Insane asylums in Bengal annual reports 1867-1875 - 1867-1875
Year: 1867
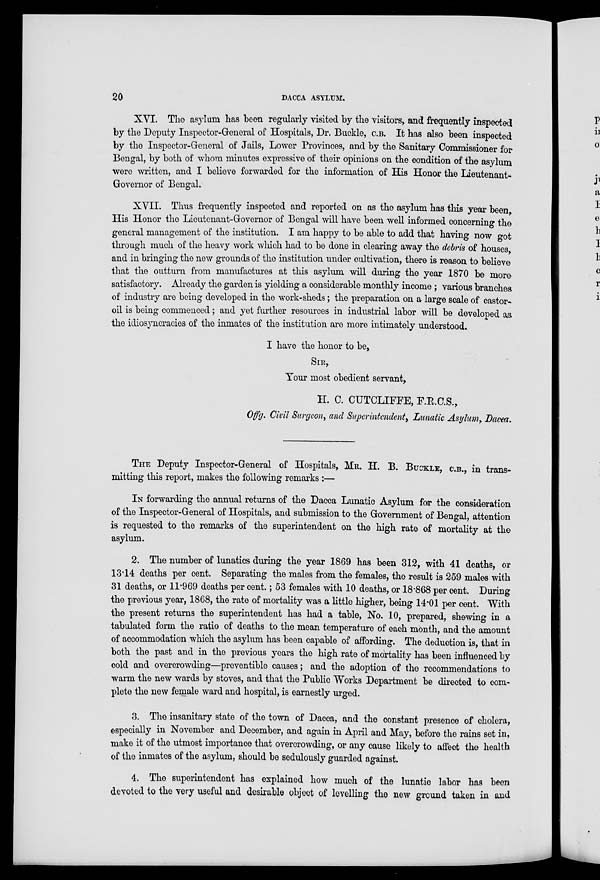
20
DACCA ASYLUM.
XVI. The asylum has been regularly visited by the visitors, and frequently inspected
by the Deputy Inspector-General of Hospitals, Dr. Buckle, C.B. It has also been inspected
by the Inspector-General of Jails, Lower Provinces, and by the Sanitary Commissioner for
Bengal, by both of whom minutes expressive of their opinions on the condition of the asylum
were written, and I believe forwarded for the information of His Honor the Lieutenant-
Governor of Bengal.
XVII. Thus frequently inspected and reported on as the asylum has this year been
His Honor the Lieutenant-Governor of Bengal will have been well informed concerning the
general management of the institution. I am happy to be able to add that having now got
through much of the heavy work which had to be done in clearing away the debris of houses,
and in bringing the new grounds of the institution under cultivation, there is reason to believe
that the outturn from manufactures at this asylum will during the year 1870 be more
satisfactory. Already the garden is yielding a considerable monthly income ; various branches
of industry are being developed in the work-sheds; the preparation on a large scale of castor-
oil is being commenced; and yet further resources in industrial labor will be developed as
the idiosyncracies of the inmates of the institution are more intimately understood.
I have the honor to be,
SIR,
Your most obedient servant,
H. C. CUTCLIFFE, F.R.C.S.,
Offg. Civil Surgeon, and Superintendent, Lunatic Asylum, Dacca.
THE Deputy Inspector-General of Hospitals, MR. H. B. BUCKLE, C.B., in trans-
mitting this report, makes the following remarks :—
IN forwarding the annual returns of the Dacca Lunatic Asylum for the consideration
of the Inspector-General of Hospitals, and submission to the Government of Bengal, attention
is requested to the remarks of the superintendent on the high rate of mortality at the
asylum.
2. The number of lunatics during the year 1869 has been 312, with 41 deaths, or
13.14 deaths per cent. Separating the males from the females, the result is 259 males with
31 deaths, or 11.969 deaths per cent.; 53 females with 10 deaths, or 18.868 per cent. During
the previous year, 1868, the rate of mortality was a little higher, being 14.01 per cent. With
the present returns the superintendent has had a table, No. 10, prepared, shewing in a
tabulated form the ratio of deaths to the mean temperature of each month, and the amount
of accommodation which the asylum has been capable of affording. The deduction is, that in
both the past and in the previous years the high rate of mortality has been influenced by
cold and overcrowding—preventible causes; and the adoption of the recommendations to
warm the new wards by stoves, and that the Public Works Department be directed to com-
plete the new female ward and hospital, is earnestly urged.
3. The insanitary state of the town of Dacca, and the constant presence of cholera,
especially in November and December, and again in April and May, before the rains set in,
make it of the utmost importance that overcrowding, or any cause likely to affect the health
of the inmates of the asylum, should be sedulously guarded against.
4. The superintendent has explained how much of the lunatic labor has been
devoted to the very useful and desirable object of levelling the new ground taken in and